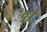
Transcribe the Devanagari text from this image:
थ़्री